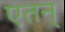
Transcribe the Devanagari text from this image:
एतन्‌